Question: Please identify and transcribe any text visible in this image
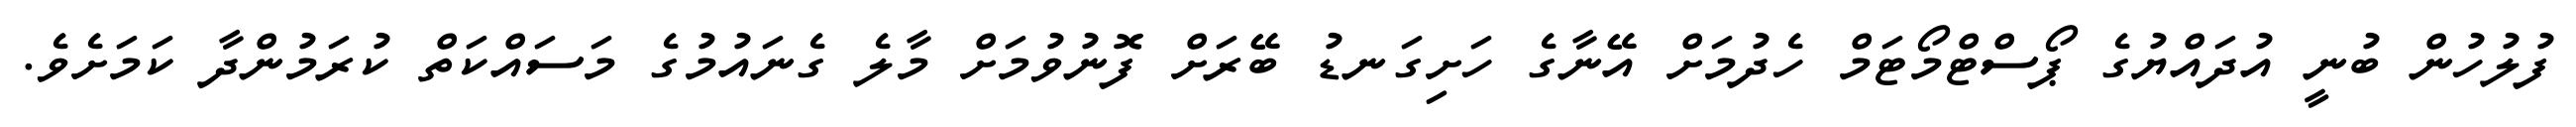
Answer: ފުލުހުން ބުނީ އުދައްޔުގެ ޕޯސްޓްމޯޓަމް ހެދުމަށް އޭނާގެ ހަށިގަނޑު ބޭރަށް ފޮނުވުމަށް މާލެ ގެނައުމުގެ މަސައްކަތް ކުރަމުންދާ ކަމަށެވެ.